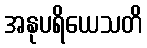
အနုပရိယေသတိ